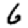
Digit: 6